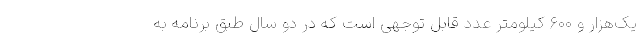
یک‌هزار و ۶۰۰ کیلومتر عدد قابل توجهی است که در دو سال طبق برنامه به